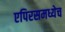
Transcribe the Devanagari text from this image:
एपिरसमध्येच